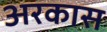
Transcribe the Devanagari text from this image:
अरकास